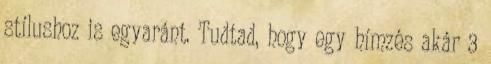
stílushoz is egyaránt. Tudtad, hogy egy hímzés akár 3